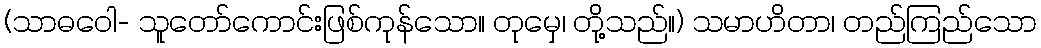
(သာဓဝေါ- သူတော်ကောင်းဖြစ်ကုန်သော။ တုမှေ၊ တို့သည်။) သမာဟိတာ၊ တည်ကြည်သော